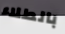
بالطلاء